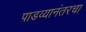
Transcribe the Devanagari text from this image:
पाडव्यानंतरचा